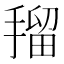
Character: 𭡼